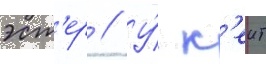
эст'ер // У́ к'еит